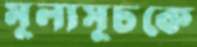
মূল্যসূচকে